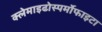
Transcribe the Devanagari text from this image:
क्लेमाइढोस्पर्मोफाइटा